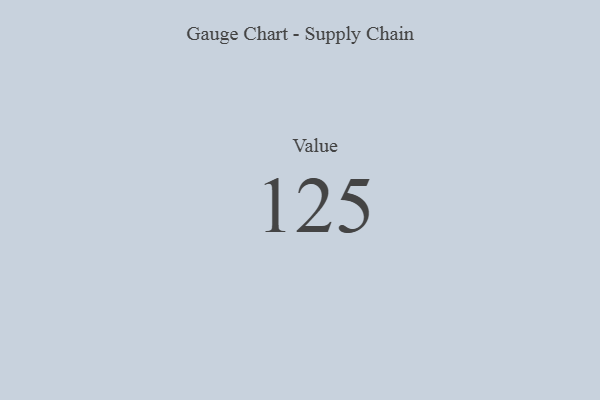
{"axis": {"x": "Metric", "y": "Value"}, "legend": [""], "data": [{"x": "Value", "y": 125, "type": ""}]}